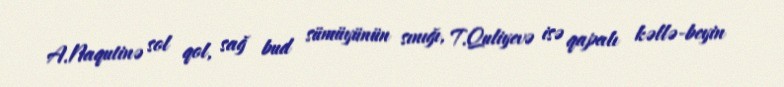
A.Naqutinə sol qol, sağ bud sümüyünün sınığı, T.Quliyevə isə qapalı kəllə-beyin